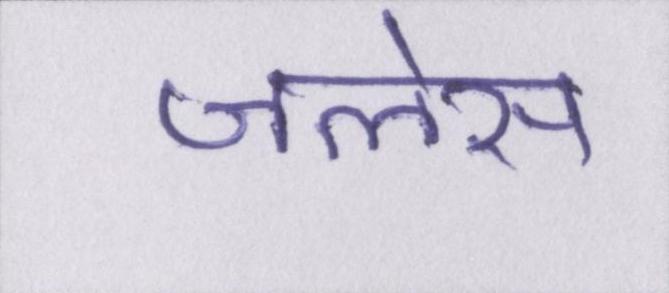
जलेस